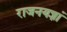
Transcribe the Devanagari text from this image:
राजनयज्ञां